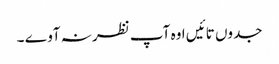
جدوں تائیں اوہ آپ نظر نہ آوے ۔